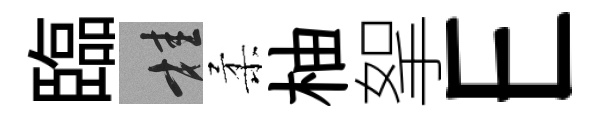
臨桂柔柚挐E